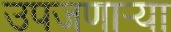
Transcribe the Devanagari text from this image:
उपजणाऱ्या